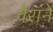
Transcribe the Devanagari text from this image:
वैराने